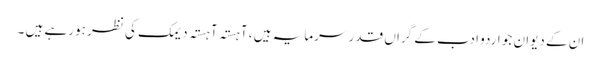
ان کے دیوان جو اردو ادب کے گراں قدر سرمایہ ہیں ، آہستہ آہستہ دیمک کی نظر ہورہے ہیں ۔